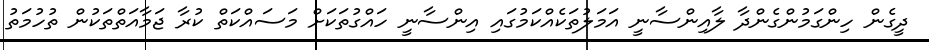
ދީގެން ހިންގަމުންގެންދާ ލާއިންސާނީ އަމަލުތަކެއްކަމުގައި އިންސާނީ ހައްގުތަކަށް މަސައްކަތް ކުރާ ޖަމާއަތްތަކުން ތުހުމަތު